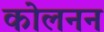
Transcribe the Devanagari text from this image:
कोलनन